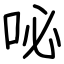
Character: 咇